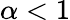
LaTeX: \alpha<1